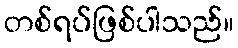
တစ်ရပ်ဖြစ်ပါသည်။